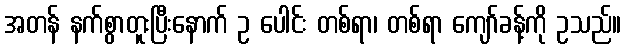
အတန် နက်စွာတူးပြီးနောက် ဥ ပေါင်း တစ်ရာ၊ တစ်ရာ ကျော်ခန့်ကို ဥသည်။